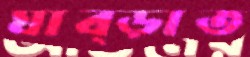
ঘাব্‌ড়াত